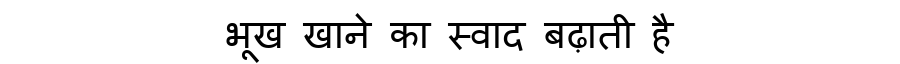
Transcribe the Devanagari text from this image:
भूख खाने का स्वाद बढ़ाती है